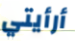
أرأيتي